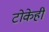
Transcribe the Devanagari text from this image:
टोकेही